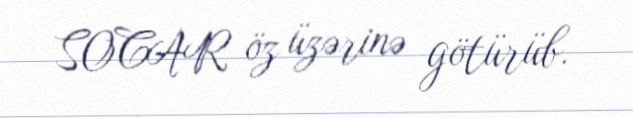
SOCAR öz üzərinə götürüb.